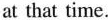
at that time.